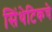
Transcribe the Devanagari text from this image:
सिंथेटिकचे